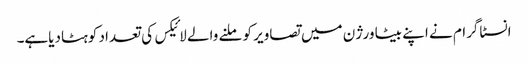
انسٹاگرام نے اپنے بیٹا ورژن میں تصاویر کو ملنے والے لائیکس کی تعداد کوہٹادیاہے۔